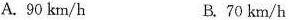
A.90km/h B.70km/h